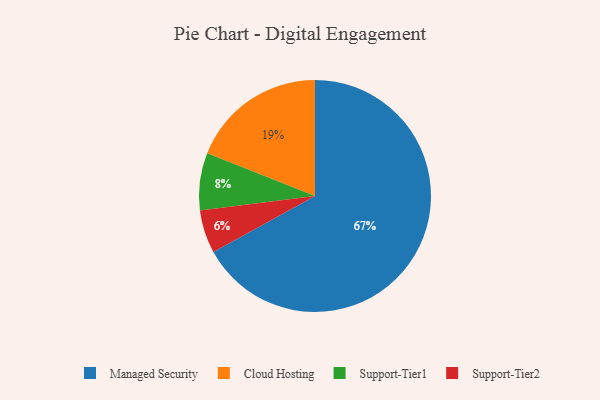
{"axis": {"x": "Category", "y": "Percentage"}, "legend": ["Cloud Hosting", "Managed Security", "Support-Tier1", "Support-Tier2"], "data": [{"x": "Cloud Hosting", "y": 19, "type": "Cloud Hosting"}, {"x": "Managed Security", "y": 67, "type": "Managed Security"}, {"x": "Support-Tier1", "y": 8, "type": "Support-Tier1"}, {"x": "Support-Tier2", "y": 6, "type": "Support-Tier2"}]}